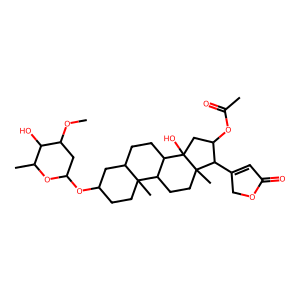
SMILES: COC1CC(OC2CCC3(C)C(CCC4C3CCC3(C)C(C5=CC(=O)OC5)C(OC(C)=O)CC43O)C2)OC(C)C1O
Inhibits HIV replication: No